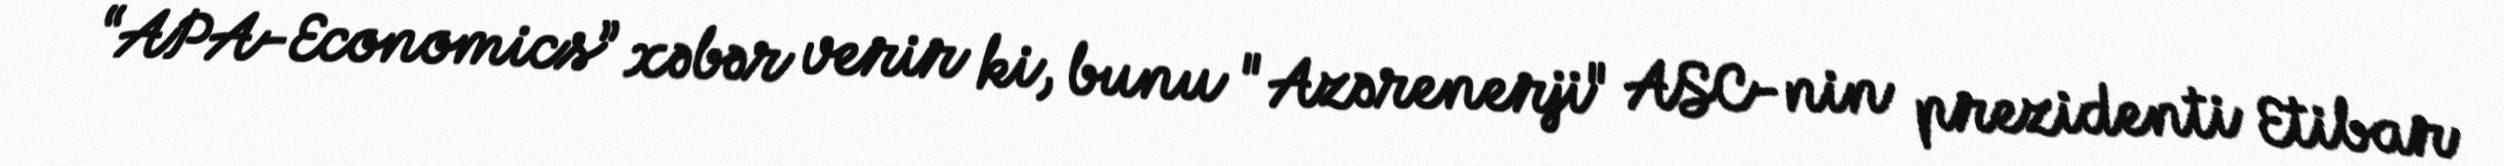
“APA-Economics” xəbər verir ki, bunu "Azərenerji" ASC-nin prezidenti Etibar